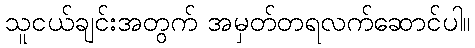
သူငယ်ချင်းအတွက် အမှတ်တရလက်ဆောင်ပါ။